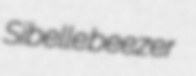
Sibelle beezer